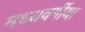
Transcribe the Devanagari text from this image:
मध्यवर्गीया